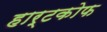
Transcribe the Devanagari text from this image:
हार्टकोफ